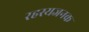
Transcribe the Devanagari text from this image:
रहस्यजनक